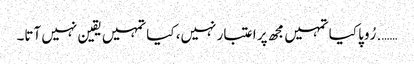
……. رُوپا کیا تمہیں مجھ پر اعتبار نہیں، کیا تمہیں یقین نہیں آتا۔